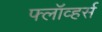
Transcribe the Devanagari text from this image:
फ्लॉव्हर्स